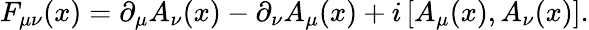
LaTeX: F_{\mu\nu}(x)=\partial_{\mu}A_{\nu}(x)-\partial_{\nu}A_{\mu}(x)+i\, [A_{\mu}(x),A_{\nu}(x)].